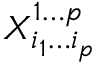
X _ { i _ { 1 } \dotsc i _ { p } } ^ { 1 \dotsc p }